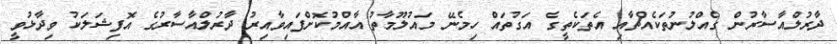
ދާރުލްއާސާރުން ގެއްލުނުތަކެއްޗާއި އެތަކެތީގެ އަގުތައް ހިމެނޭ މައުލޫމާތު އާއްމުކޮށްފައިވާއިރު ދާރުލްއާސާރުގެ އޮފިޝަލަކު ވިދާޅުވީ